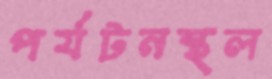
পর্যটনস্থল